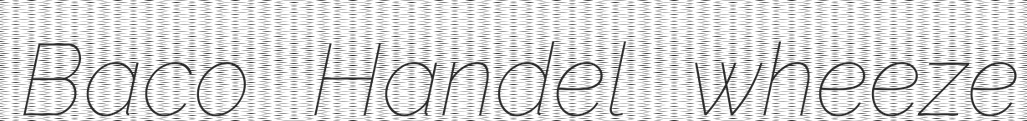
Baco Handel wheeze